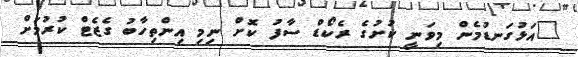
"އަޅުގަނޑުމެން މިވަނީ ކުށުގެ ރެކޯޑް ސާފު ކޮށް ނިމި އިންތިހާބު ގެޒެޓް ކުރުމަށް